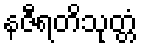
နဇီရတိသုတ္တံ